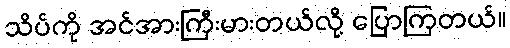
သိပ်ကို အင်အားကြီးမားတယ်လို့ ပြောကြတယ်။